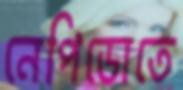
নেপিডোতে